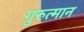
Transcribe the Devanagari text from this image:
गुरुत्मान